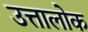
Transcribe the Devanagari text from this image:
उत्तालोक